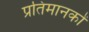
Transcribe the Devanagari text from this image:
प्रतिमानकों